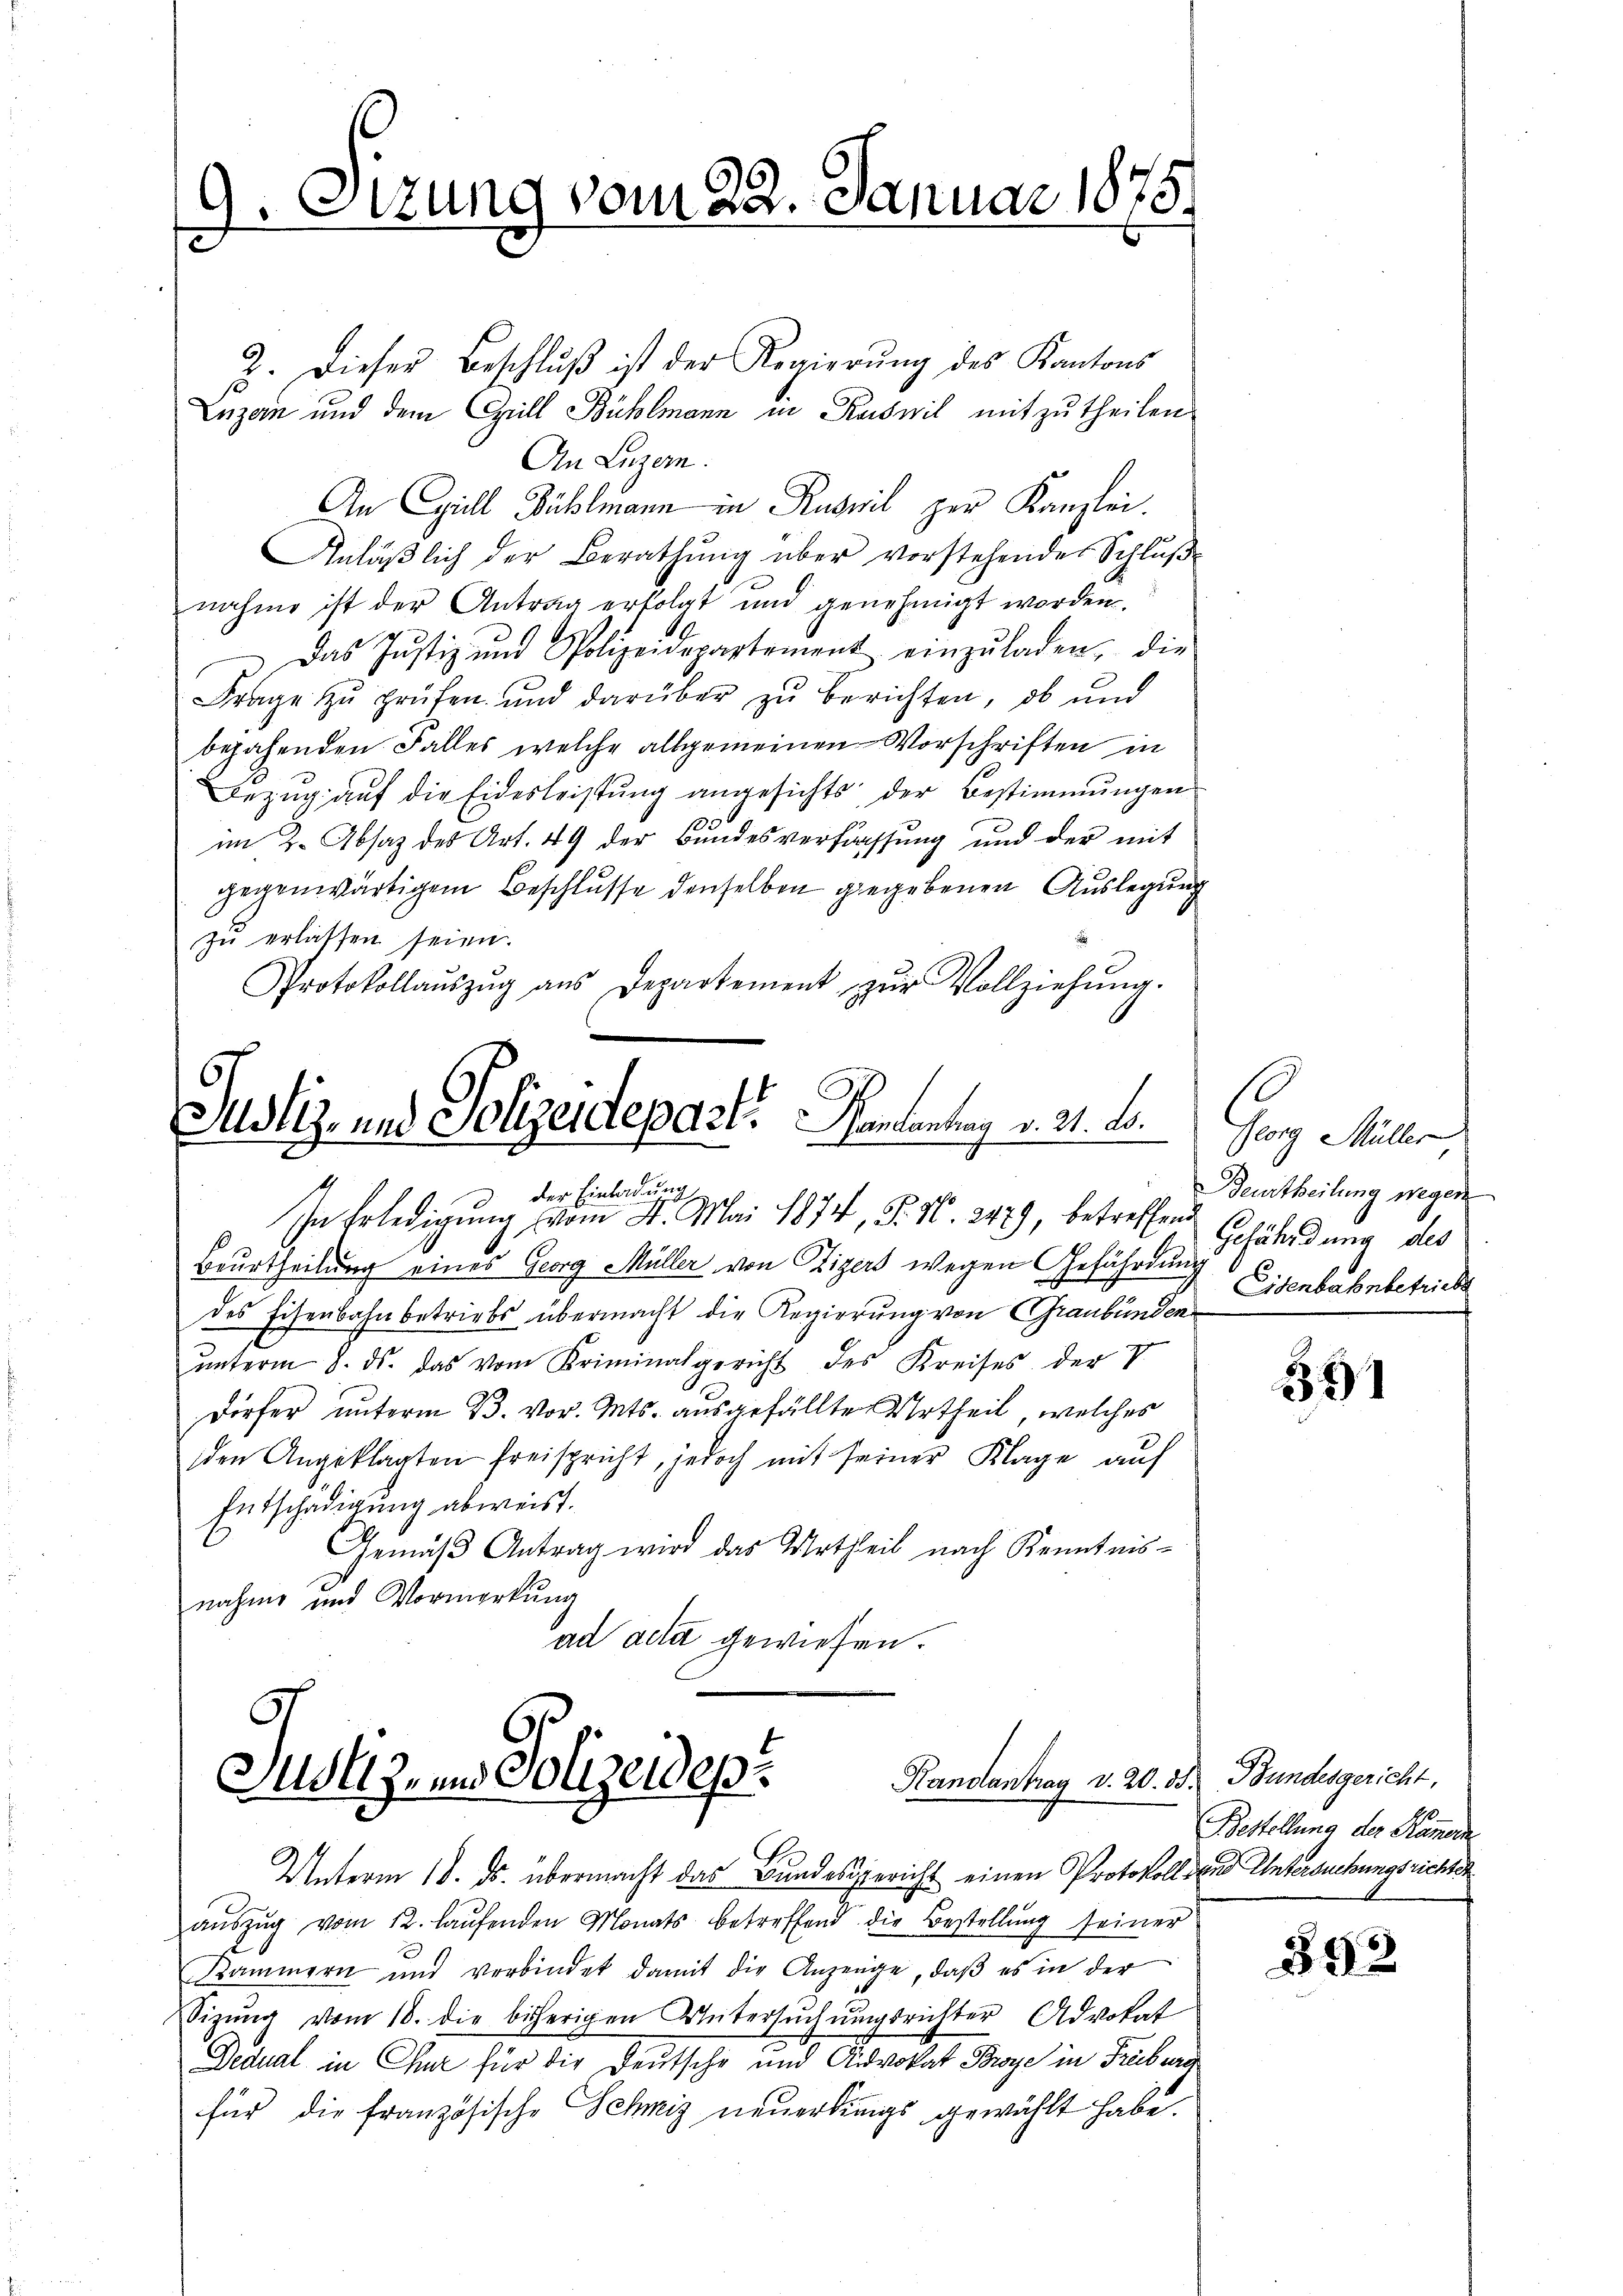
9. Sizung vom 22. Januar 1878.

2. Dieser Beschlŭβ ist der Regierŭng des Kantons
Inzen und dem Grill Bühlmann in Ruswil mitzutheilen
An Luzern.
An Cyrill Bühlmann in Ruswil zur Kanzlei.
Anläβlich der Berathŭng über vorstehende Schlŭβ-
nahme ist der Antrag erfolgt und genehmigt worden.
 Das Justiz und Polizeidepartement einzŭladen, die
Frage zŭ prüfen und darüber zŭ berichten, ob und
bejahenden Falles welche allgemeinen Vorschriften in
Bezug auf die Eidesleistung angesichts der Bestimmungen
im 2. Absaz des Art. 49 der Bundesverfachsung und der mit
gegenwärtigem Beschlusse denselben gegebenen Auslegung
zŭ erlassen seien.
Protokollaŭszŭg aŭs Departement zŭr Vollziehŭng.
67
Justiz- und Polizeiaepart. Mantentrag v. 21. d.
d der Einladung
In Erledigung vom 4. Mai 1874, S. N. 247), betreffen
Beurtheilung eines Georg Müller von Vizers wegen Gefährdung
des Eisenbahnbetriebs übermacht die Regierung von Graubünden
ŭnterm 8. ds. das vom Kriminalgericht des Kreises der V
Dörfer unterm 23. vor. Mts. ausgefällte Urtheil, welches
den Angeklagten freispricht, jedoch mit seiner Klage auf
Entschädigung abweist.
Gemäβ Antrag wird das Urtheil nach Kenntnis-
nahme und Vormerkung
ad acta gewiesen.

Randantrag v. 20. 35. Bundesgericht,
Justiz, und Polizeidep

Unterm 18. ds. übermacht das Bundesgericht einen Protokoll den Untersuchungsrichter
aŭszŭg vom 12. laŭfenden Monats betreffend die Bestellŭng seiner
Kammern und verbindet damit die Anzeuge, daß es in der
Sizŭng vom 18. die bisherigen Untersŭchŭngsrichter Advokat
Dedual in Chur für die Deutsche und Advokat Broye in Freiburg
für die Französische Schniz neuerdings gewählt habe.

Ganz Müller
Deurtheilung wegen
Gefährdung des
Eisenbahnbetrieb

381

Bestellung der Namen

892